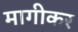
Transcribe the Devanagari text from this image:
मागीकर